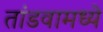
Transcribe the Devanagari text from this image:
तांडवामध्ये